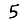
Digit: 5